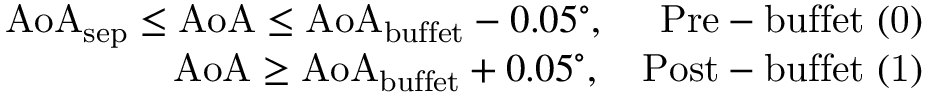
\begin{array} { r } { \mathrm { A o A } _ { \mathrm { s e p } } \leq \mathrm { A o A } \leq \mathrm { A o A } _ { \mathrm { b u f f e t } } - 0 . 0 5 ^ { \circ } , \quad \mathrm { ~ P r e - b u f f e t ~ ( 0 ) } } \\ { \mathrm { A o A } \geq \mathrm { A o A } _ { \mathrm { b u f f e t } } + 0 . 0 5 ^ { \circ } , \quad \mathrm { P o s t - b u f f e t ~ ( 1 ) } } \end{array}